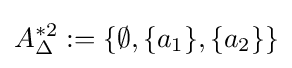
A_{\Delta }^{*2}:=\{\emptyset ,\{a_{1}\},\{a_{2}\}\}